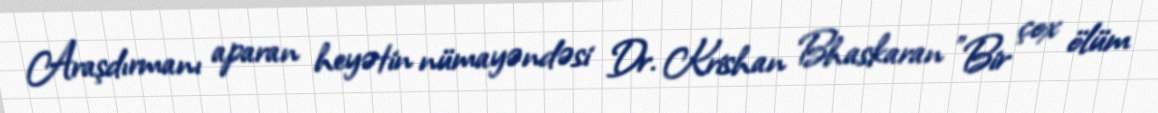
Araşdırmanı aparan heyətin nümayəndəsi Dr. Krishan Bhaskaran "Bir çox ölüm